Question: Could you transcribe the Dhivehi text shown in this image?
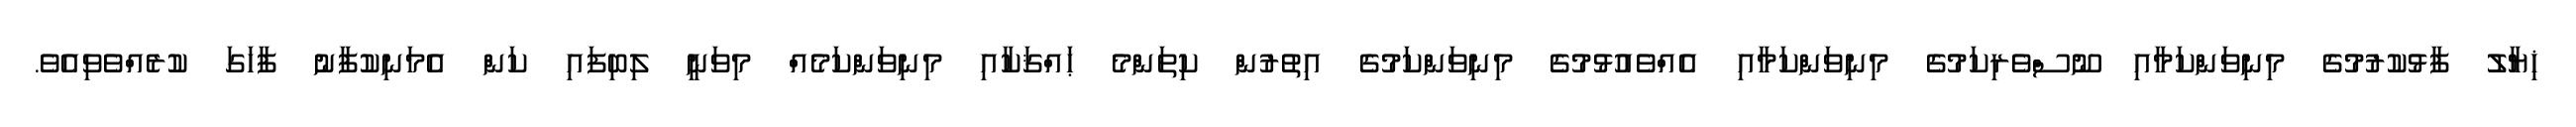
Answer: ޚިޔާލު ފާޅުކުރުމުގެ މިނިވަންކަމާއި ނޫސްވެރިކަމުގެ މިނިވަންކަމާއި އެއްވެއުޅުމުގެ މިނިވަންކަމުގެ އިތުރުން ކިތަންމެ ޙައްޤަކާއި މިނިވަންކަމެއް މިވަނީ ލިބިފައި ކަން އެމަނިކުފާނު ފާހަގަ ކުރެއްވެވިއެވެ.